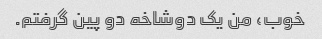
خوب، من یک دوشاخه دو پین گرفتم.